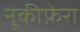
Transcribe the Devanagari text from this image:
नूकीफ़ेरा